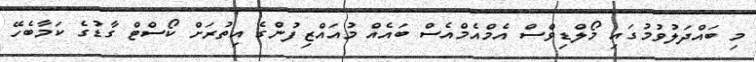
މި ބައްދަލުވުމުގައި މޯލްޑިވްސް އެމްއެމްއެސް ބައެއް މުއައްޒިފުންގެ އިތުރަށް ކޯސްޓް ގާޑުގެ ކަމާބެހޭ